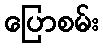
ပြောစမ်း